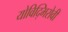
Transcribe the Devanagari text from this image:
योविद्भिरोवी